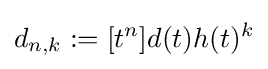
d_{n,k}:=[t^{n}]d(t)h(t)^{k}